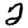
Digit: 2